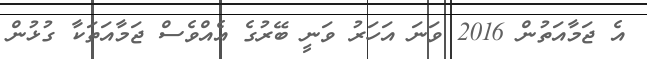
އެ ޖަމާއަތުން 2016 ވަނަ އަހަރު ވަނީ ބޭރުގެ އެއްވެސް ޖަމާއަތަކާ ގުޅުން